Rangoon Lunatic Asylum 1878-1892 - 1878-1892
Year: 1878
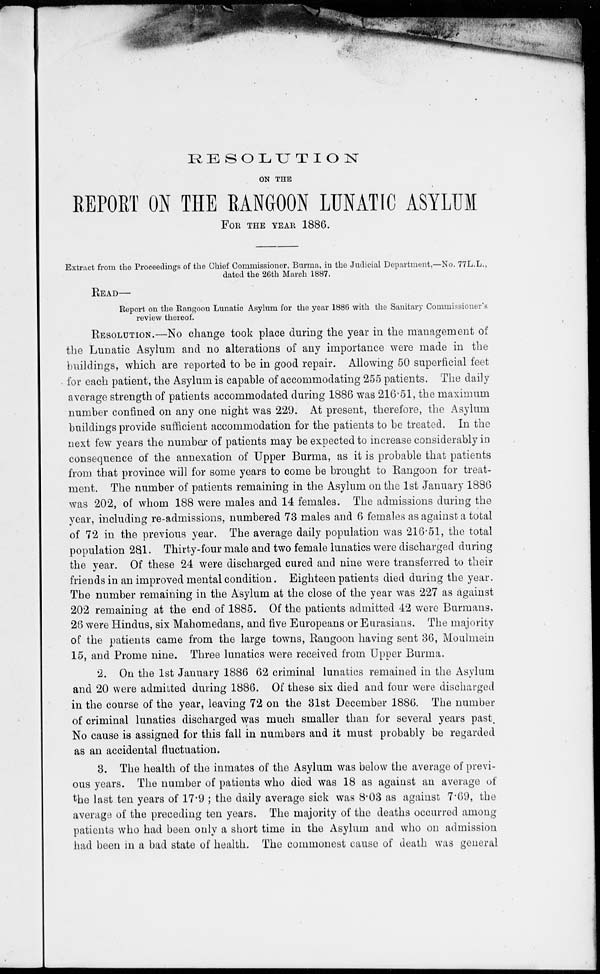
RESOLUTION
ON THE
REPORT ON THE RANGOON LUNATIC ASYLUM
FOR THE YEAR 1886.
Extract from the Proceedings of the Chief Commissioner, Burma, in the Judicial Department,—No. 77L.L.,
dated the 26th March 1887.
READ—
Report on the Rangoon Lunatic Asylum for the year 1886 with the Sanitary Commissioner's
review thereof.
RESOLUTION.—No change took place during the year in the management of
the Lunatic Asylum and no alterations of any importance were made in the
buildings, which are reported to be in good repair. Allowing 50 superficial feet
for each patient, the Asylum is capable of accommodating 255 patients. The daily
average strength of patients accommodated during 1886 was 216.51, the maximum
number confined on any one night was 229. At present, therefore, the Asylum
buildings provide sufficient accommodation for the patients to be treated. In the
next few years the number of patients may be expected to increase considerably in
consequence of the annexation of Upper Burma, as it is probable that patients
from that province will for some years to come be brought to Rangoon for treat-
ment. The number of patients remaining in the Asylum on the 1st January 1886
was 202, of whom 188 were males and 14 females. The admissions during the
year, including re-admissions, numbered 73 males and 6 females as against a total
of 72 in the previous year. The average daily population was 216.51, the total
population 281. Thirty-four male and two female lunatics were discharged during
the year. Of these 24 were discharged cured and nine were transferred to their
friends in an improved mental condition. Eighteen patients died during the year.
The number remaining in the Asylum at the close of the year was 227 as against
202 remaining at the end of 1885. Of the patients admitted 42 were Burmans,
26 were Hindus, six Mahomedans, and five Europeans or Eurasians. The majority
of the patients came from the large towns, Rangoon having sent 36, Moulmein
15, and Prome nine. Three lunatics were received from Upper Burma.
2. On the 1st January 1886 62 criminal lunatics remained in the Asylum
and 20 were admitted during 1886. Of these six died and four were discharged
in the course of the year, leaving 72 on the 31st December 1886. The number
of criminal lunatics discharged was much smaller than for several years past.
No cause is assigned for this fall in numbers and it must probably be regarded
as an accidental fluctuation.
3. The health of the inmates of the Asylum was below the average of previ-
ous years. The number of patients who died was 18 as against an average of
the last ten years of 17.9 ; the daily average sick was 8.03 as against 7.69, the
average of the preceding ten years. The majority of the deaths occurred among
patients who had been only a short time in the Asylum and who on admission
had been in a bad state of health. The commonest cause of death was general